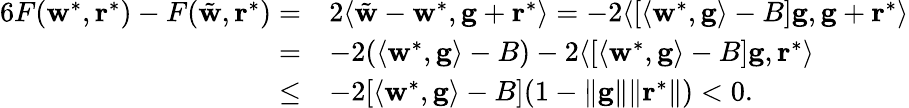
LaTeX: \begin{array}{rl}{{6}F(\mathbf w^{*},\mathbf r^{*})-F(\tilde{\mathbf w},\mathbf r^{*})=}&{2\langle\tilde{\mathbf w}-\mathbf w^{*},\mathbf g+\mathbf r^{*}\rangle=-2\langle\left[\langle\mathbf w^{*},\mathbf g\rangle-B\right]\mathbf g,\mathbf g+\mathbf r^{*}\rangle}\\ {=}&{-2(\langle\mathbf w^{*},\mathbf g\rangle-B)-2\langle[\langle\mathbf w^{*},\mathbf g\rangle-B]\mathbf g,\mathbf r^{*}\rangle}\\ {\leq}&{-2[\langle\mathbf w^{*},\mathbf g\rangle-B](1-\| \mathbf g\| \| \mathbf r^{*}\| )<0.}\end{array}